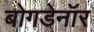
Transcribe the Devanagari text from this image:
बोगडेनॉर